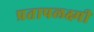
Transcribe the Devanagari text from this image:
प्रतापलक्ष्मी